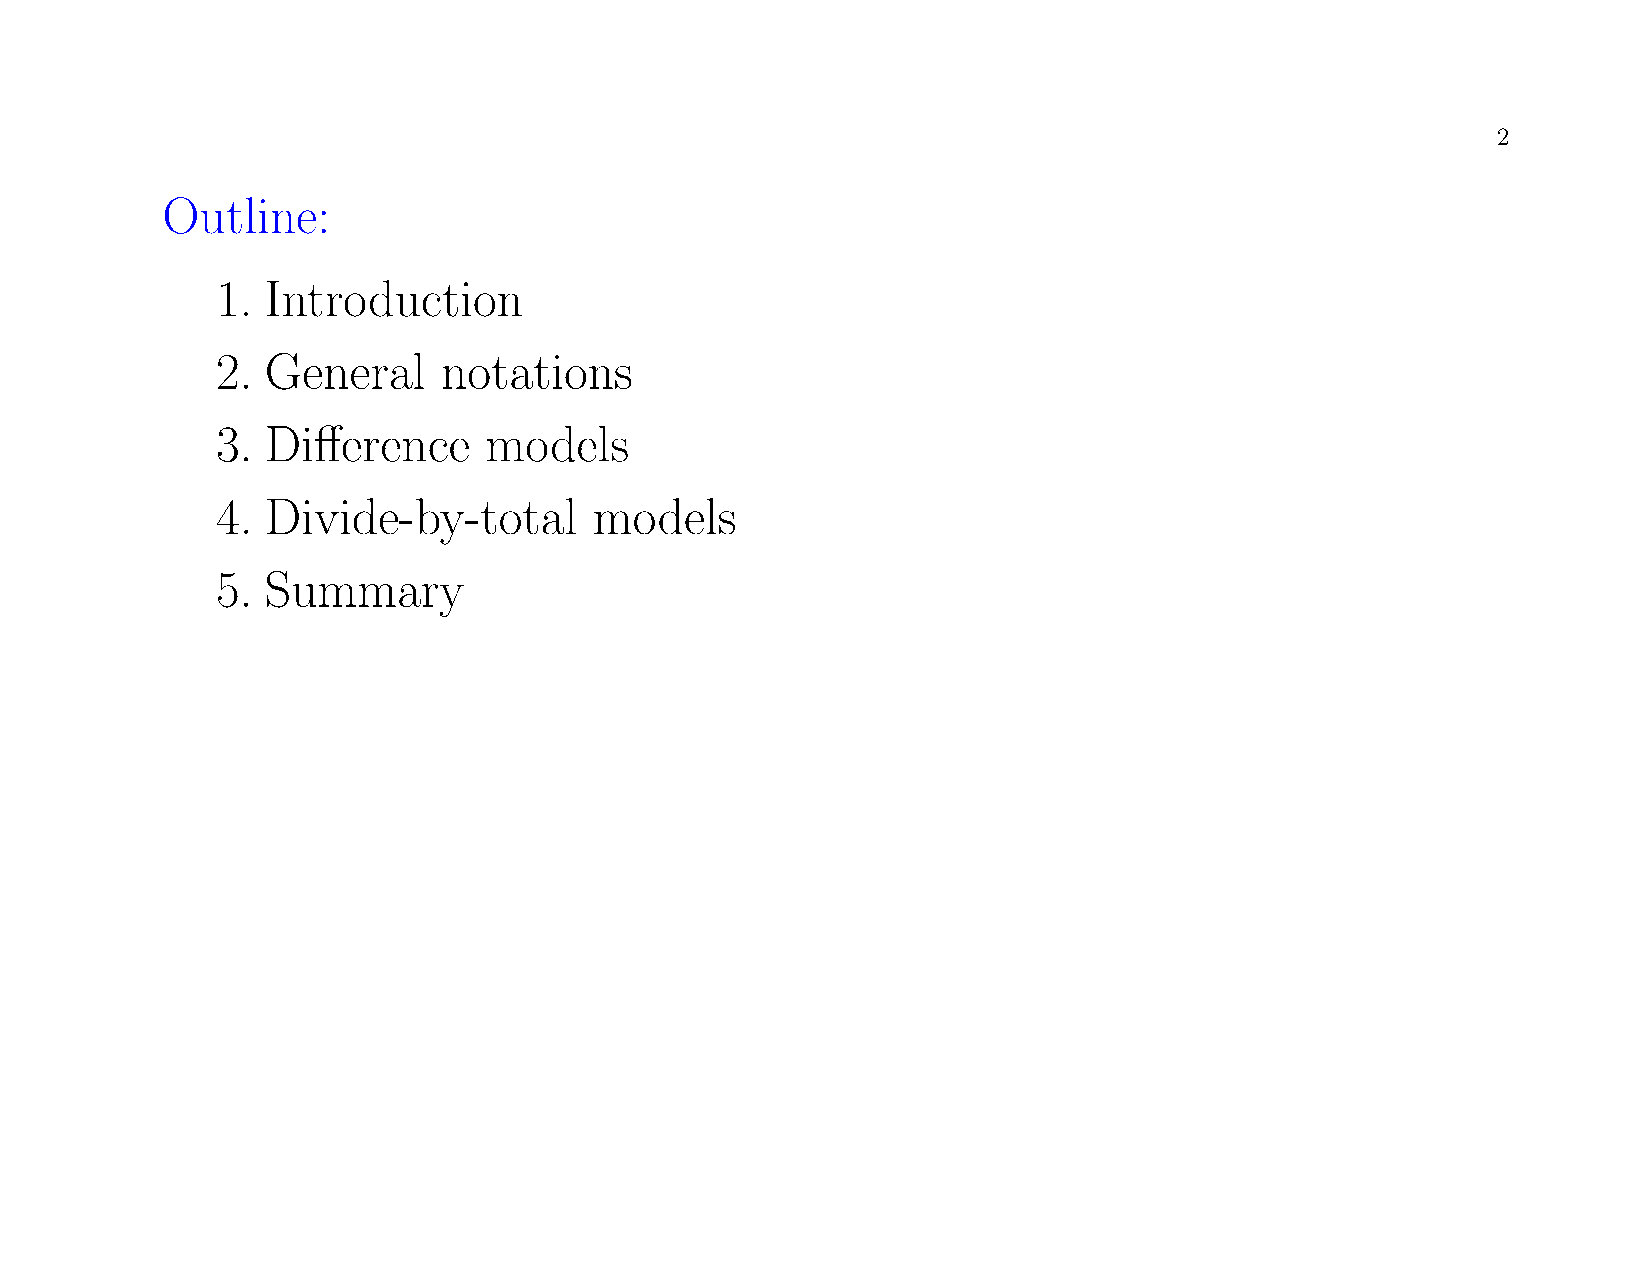
2
 Outline:
 1.  Introduction
 2.  General    notations
 3.  Difference    models
 4.  Divide-by-total      models
 5.  Summary